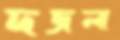
দজলা